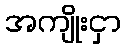
အကျိုးငှာ